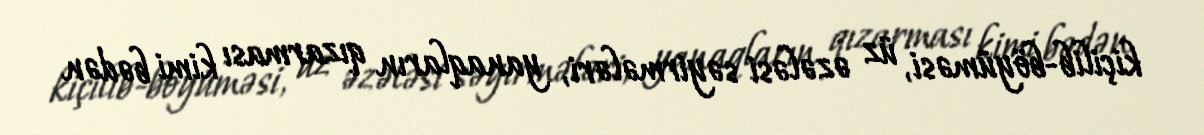
kiçilib-böyüməsi, üz əzələsi səyirmələri, yanaqların qızarması kimi bədən